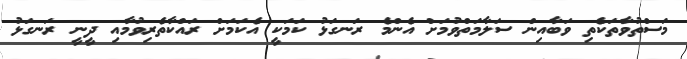
މަސްތުވާތަކެތި ވަބާއިން ސަލާމަތްވުމަށް އެންމެ ރަނގަޅު ކަމަކީ އެކަމަށް ރައްކާތެރިވުމާއި ދީނީ ރަނގަޅު